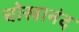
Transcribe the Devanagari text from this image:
चोखानंद